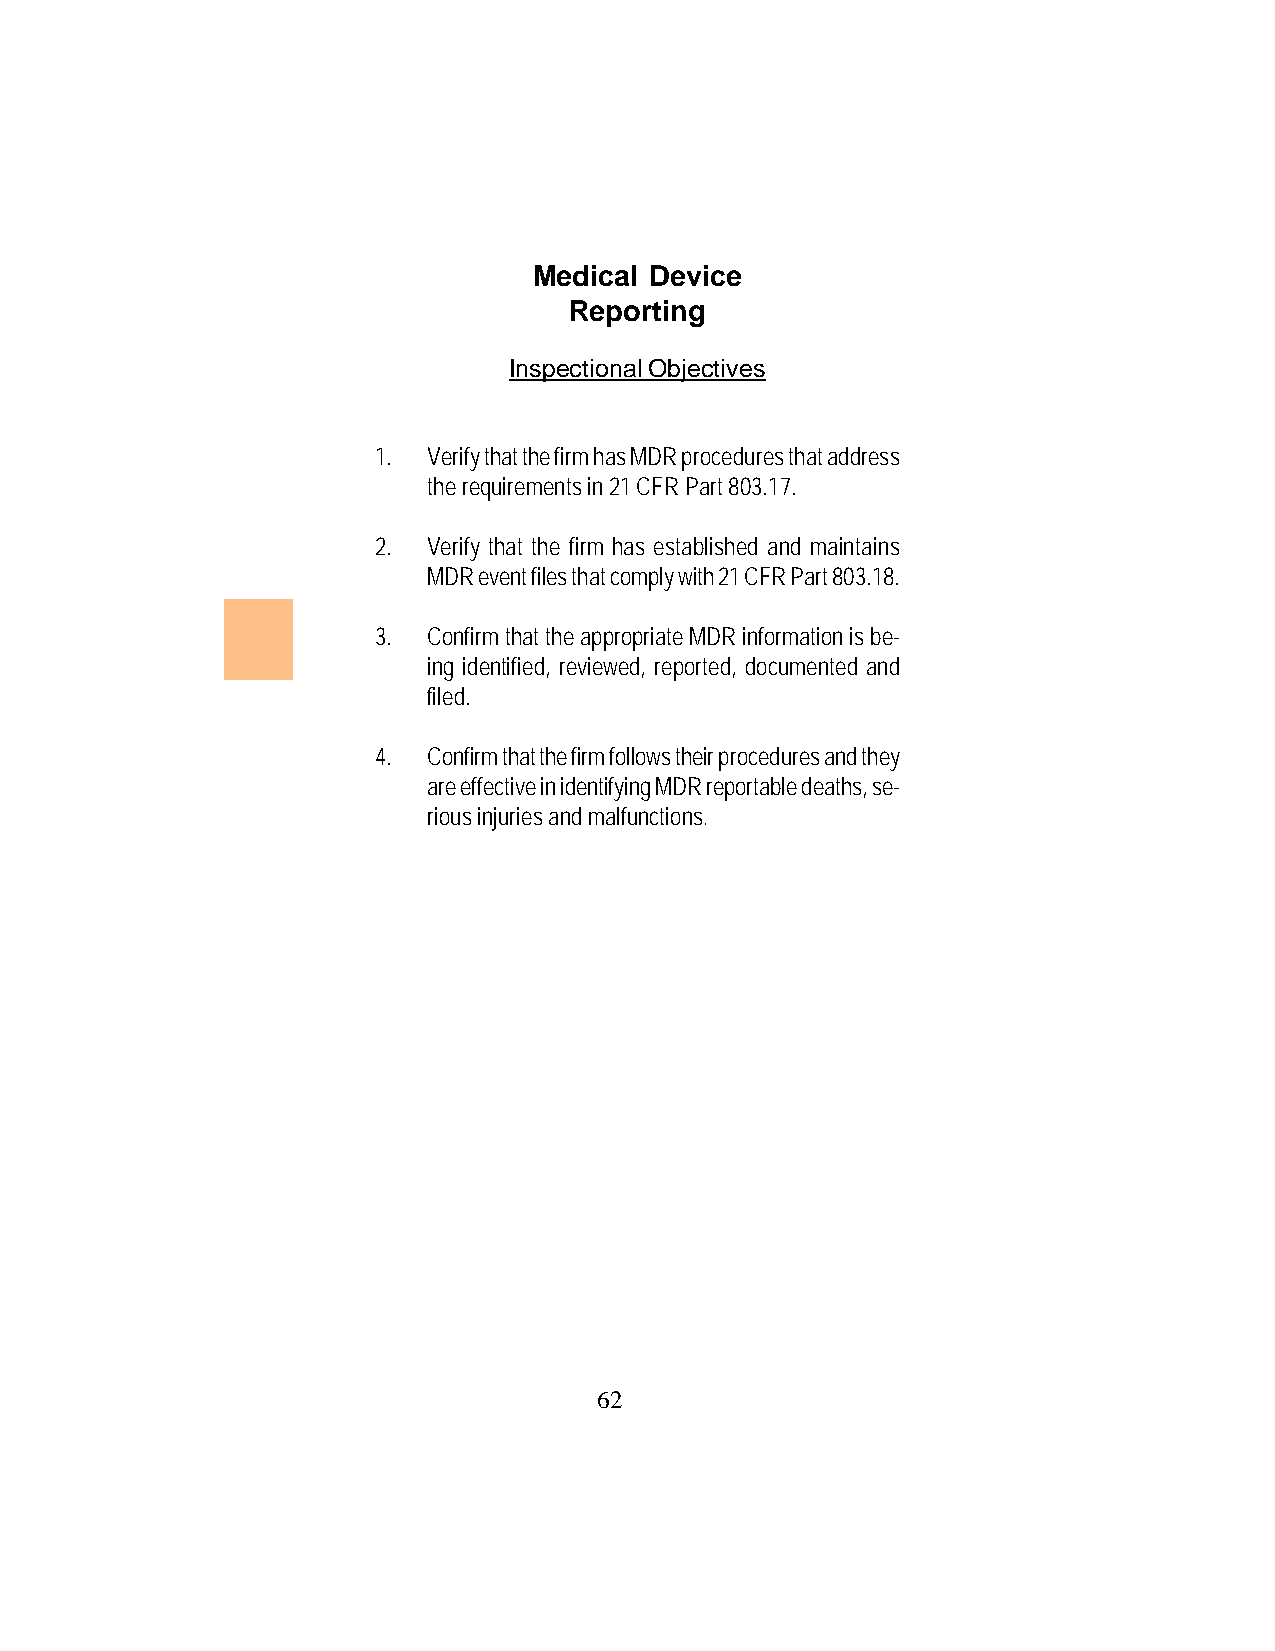
Medical Device
 Reporting
 Inspectional Objectives
 1. Verify that the firm has MDR procedures that address
 the requirements in 21 CFR Part 803.17.
 2. Verify that the firm has established and maintains
 MDR event files that comply with 21 CFR Part 803.18.
 3. Confirm that the appropriate MDR information is be-
 ing identified, reviewed, reported, documented and
 filed.
 4. Confirm that the firm follows their procedures and they
 are effective in identifying MDR reportable deaths, se-
 rious injuries and malfunctions.
 62